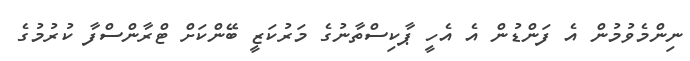
ނިންމެވުމުން އެ ފަންޑުން އެ އެހީ ޕާކިސްތާނުގެ މަރުކަޒީ ބޭންކަށް ޓްރާންސްފާ ކުރުމުގެ